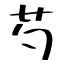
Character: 芍